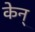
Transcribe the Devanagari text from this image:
केन्